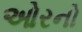
ઓરનો